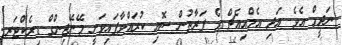
ނަދީމް އެވެ. އަދި އެމްއިއެޗް ގެ ފަރާތުން ސޮއި ކުރައްވާފައިވަނީ މޭނޭޖިންގް ޑިރެކްޓަރ